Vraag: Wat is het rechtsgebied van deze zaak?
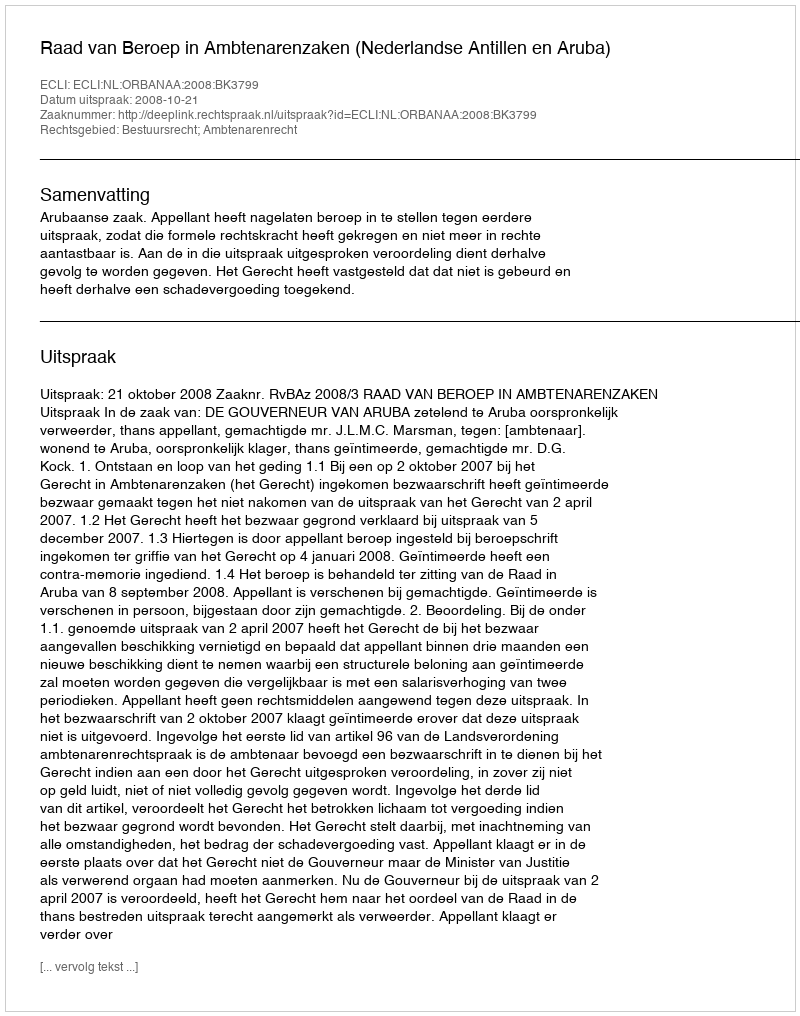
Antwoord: Bestuursrecht; Ambtenarenrecht